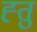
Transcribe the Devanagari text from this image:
ह्तु